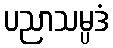
ပညာသမ္ပဒံ